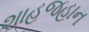
શાહજહાન